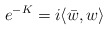
\begin{align*} e^{-K}=i\langle\bar w,w\rangle\end{align*}